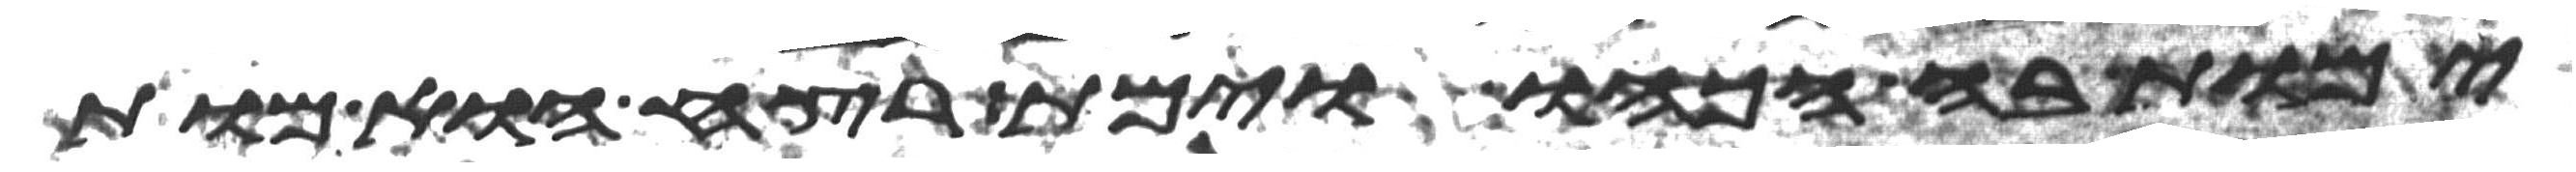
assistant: ימות בה הכהו וימת רצח הוא מות